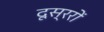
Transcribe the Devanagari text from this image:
दूस्ररों